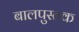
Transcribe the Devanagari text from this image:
बालपुस्तक